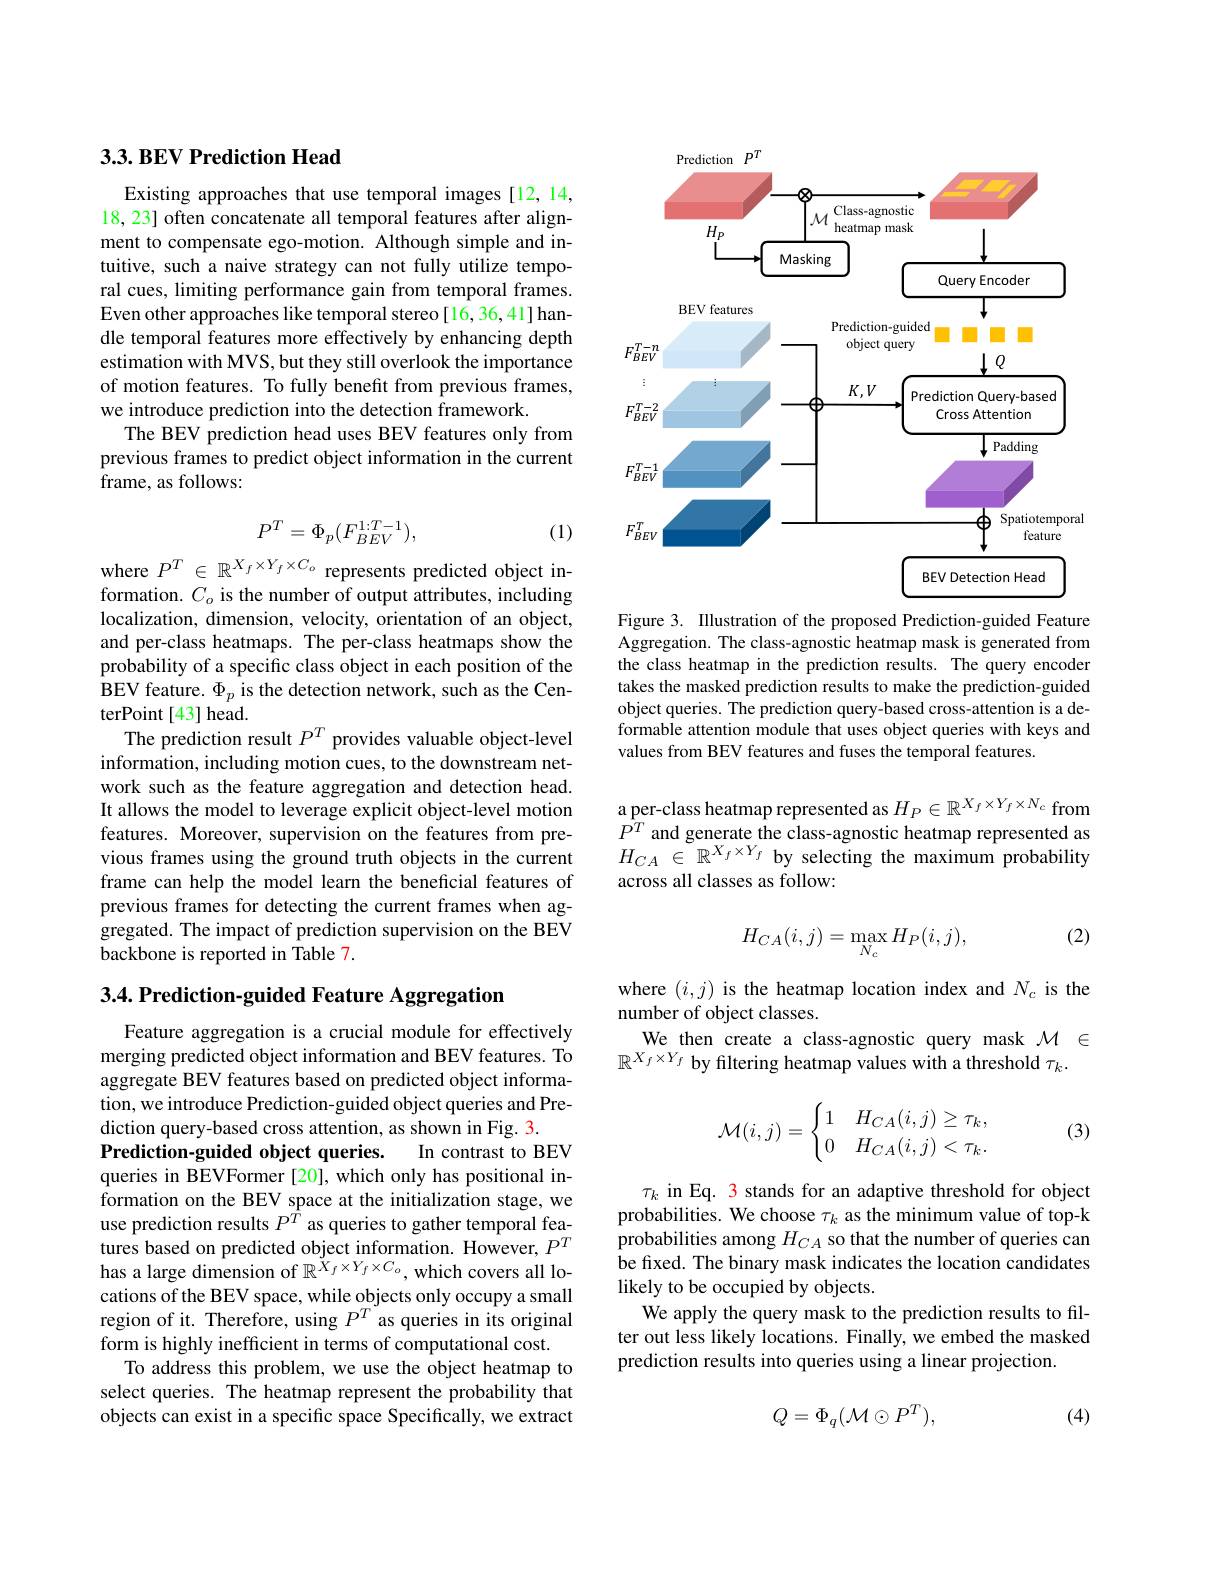
### $3. 3. \textbf{BEV Prediction Head}$

Existing approaches that use temporal images [12,14, 18, 23] often concatenate all temporal features after alignment to compensate ego-motion. Although simple and intuitive, such a naive strategy can not fully utilize temporal cues, limiting performance gain from temporal frames. Even other approaches like temporal stereo[16,36,41] handle temporal features more effectively by enhancing depth estimation with MVS, but they still overlook the importance of motion features. To fully benefit from previous frames, we introduce prediction into the detection framework.
The BEV prediction head uses BEV features only from previous frames to predict object information in the current frame, as follows:
$$P^T=\Phi_p(F_{BEV}^{1:T-1}),$$
(1)

where $P^T\in\mathbb{R}^{X_f\times Y_f\times C_o}$ represents predicted object information. $C_o$ is the number of output attributes, including localization, dimension, velocity, orientation of an object, and per-class heatmaps. The per-class heatmaps show the $\hat{\text{probability of a specific class object in each position of the}}$ BEV feature. $\Phi_p$ is the detection network, such as the CenterPoint[43] head.
The prediction result $P^T$ provides valuable object-level information, including motion cues, to the downstream network such as the feature aggregation and detection head. It allows the model to leverage explicit object-level motion features. Moreover, supervision on the features from previous frames using the ground truth objects in the current frame can help the model learn the beneficial features of previous frames for detecting the current frames when aggregated. The impact of prediction supervision on the BEV backbone is reported in Table 7.

3.4. Prediction-guided Feature Aggregation

Feature aggregation is a crucial module for effectively merging predicted object information and BEV features. To aggregate BEV features based on predicted object information, we introduce Prediction-guided object queries and Prediction query-based cross attention, as shown in Fig. 3.
Prediction-guided object queries.
In contrast to BEV
queries in BEVFormer [20], which only has positional information on the BEV space at the initialization stage, we use prediction results $P^{\hat{T}}$ as queries to gather temporal features based on predicted object information. However, $P^T$ has a large dimension of $\mathbb{R}^{X_f\times Y_f\times C_o}$, which covers all locations of the BEV space, while objects only occupy a small region of it. Therefore, using $P^{T}$ as queries in its original form is highly inefficient in terms of computational cost.
To address this problem, we use the object heatmap to select queries. The heatmap represent the probability that objects can exist in a specific space Specifically, we extract

<FigureHere>
Figure 3. Illustration of the proposed Prediction-guided Feature

Aggregation. The class-agnostic heatmap mask is generated from the class heatmap in the prediction results. The query encoder takes the masked prediction results to make the prediction-guided object queries. The prediction query-based cross-attention is a deformable attention module that uses object queries with keys and values from BEV features and fuses the temporal features.

a per-class heatmap represented as $H_P\in\mathbb{R}^{X_f\times Y_f\times N_c}$ from $\begin{array}{l}{\bar{P}^{T}\mathrm{~and~generate~the~class-agnostic~heatmap~represented~as}}\\{H_{CA}\in\mathbb{R}^{X_{f}\times Y_{f}}\mathrm{~by~selecting~the~maximum~probability}}\end{array}$ across all classes as follow:

(2)
$$H_{CA}(i,j)=\max_{N_{c}}H_{P}(i,j),$$
where $(i,j)$ is the heatmap location index and $N_{c}$ is the
number of object classes.
We then create a class-agnostic query mask $\mathcal{M}\in$
$\mathbb{R}^{X_f\times Y_f}$ by filtering heatmap values with a threshold $\tau_k.$

(3)
$$\mathcal{M}(i,j)=\begin{cases}1&H_{CA}(i,j)\geq\tau_k,\\0&H_{CA}(i,j)<\tau_k.\end{cases}$$
$\tau_k$ in Eq. 3 stands for an adaptive threshold for object probabilities. We choose $\tau_k$ as the minimum value of top-k probabilities among $H_{CA}$ so that the number of queries can be fixed. The binary mask indicates the location candidates likely to be occupied by objects.
We apply the query mask to the prediction results to filter out less likely locations. Finally, we embed the masked prediction results into queries using a linear projection.

(4)
$$Q=\Phi_q(\mathcal{M}\odot P^T),$$